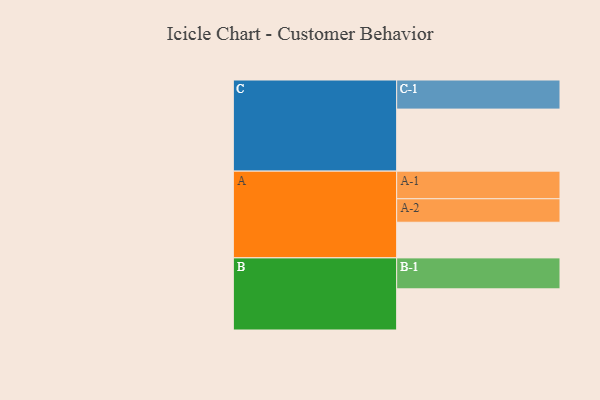
{"axis": {"x": "Segment", "y": "Value"}, "legend": ["", "A", "B", "C"], "data": [{"x": "A", "y": 343, "type": ""}, {"x": "B", "y": 396, "type": ""}, {"x": "C", "y": 597, "type": ""}, {"x": "A-1", "y": 266, "type": "A"}, {"x": "A-2", "y": 226, "type": "A"}, {"x": "B-1", "y": 298, "type": "B"}, {"x": "C-1", "y": 280, "type": "C"}]}